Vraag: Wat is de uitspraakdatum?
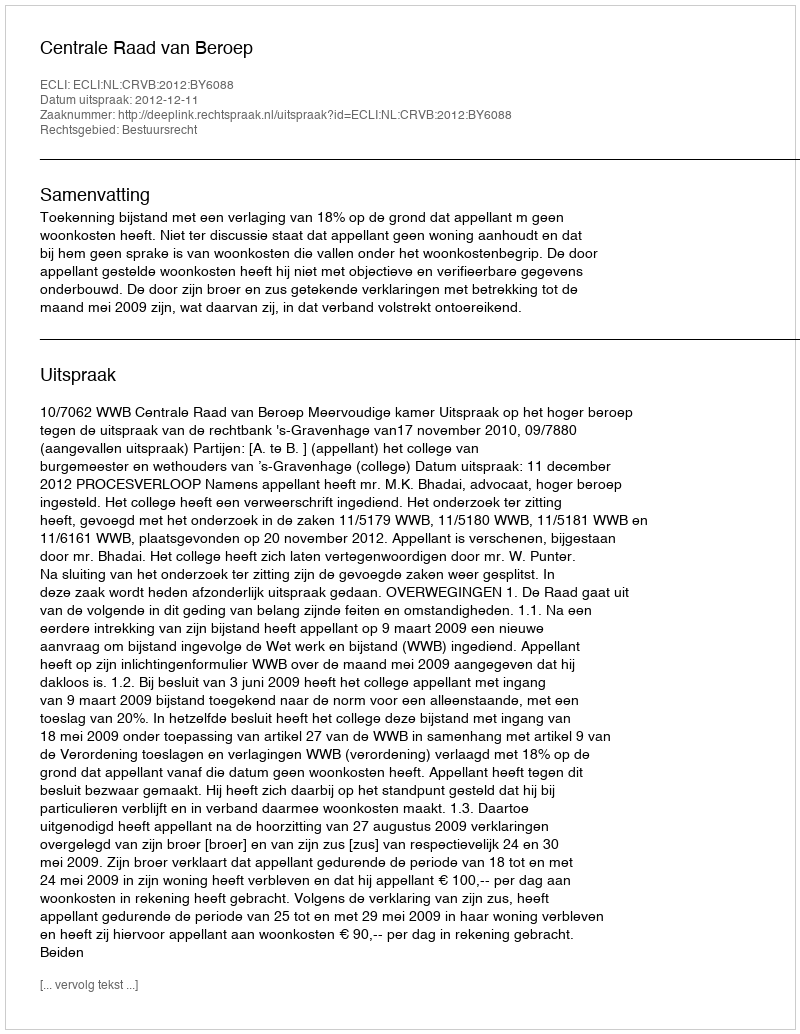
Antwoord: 2012-12-11